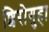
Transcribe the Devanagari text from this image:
शिरोगुहा